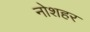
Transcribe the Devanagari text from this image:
नोशहर